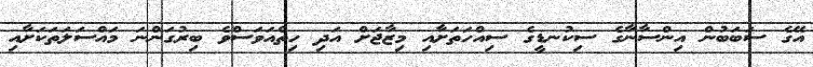
އޭގެ ސަބަބުން އިންސާނާގެ ސިކުނޑީގެ ސިއްހަތަށާއި މިޒާޖަށް އަދި ހިތްއަވަސްވެ ބިރުގަންނަ މައްސަލަތަކަށާއި